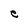
Character: e